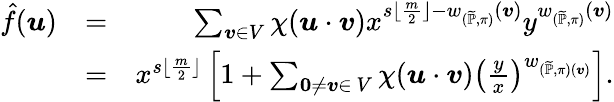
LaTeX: \begin{array}{rlr}{\hat{f}(\boldsymbol{u})}&{=}&{\sum_{\boldsymbol{v}\in V}\chi(\boldsymbol{u}\cdot\boldsymbol{v})x^{s\lfloor\frac{m}{2}\rfloor-w_{(\widetilde{\mathbb{P}},\pi)}(\boldsymbol{v})}y^{w_{(\widetilde{\mathbb{P}},\pi)}(\boldsymbol{v})}}\\ &{=}&{x^{s\lfloor\frac{m}{2}\rfloor}\left[1+\sum_{\textbf{0}\neq\boldsymbol{v}\in\ V}\chi(\boldsymbol{u}\cdot\boldsymbol{v})\left(\frac{y}{x}\right)^{w_{(\widetilde{\mathbb{P}},\pi)(\boldsymbol{v})}}\right].}\end{array}